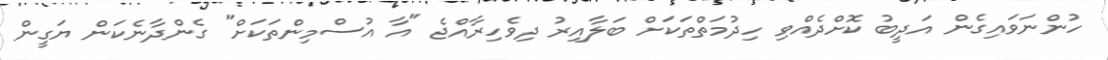
ހުންނަވައިގެން އަދީބު ކޮށްދެއްވި ހިދުމަތްތަކަށް ބަލާއިރު ދިވެހިރާއްޖެ "އާ އުސްމިންތަކަށް" ގެންދާނެކަން ޔަގީން